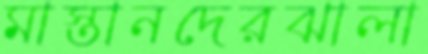
মাস্তানদেরঝালা